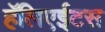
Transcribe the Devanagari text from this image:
हॅलिएईटस